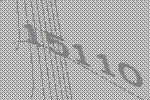
15110